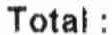
TOTAL :